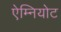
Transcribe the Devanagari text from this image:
ऐम्नियोट